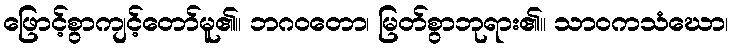
ဖြောင့်စွာကျင့်တော်မူ၏။ ဘဂဝတော၊ မြတ်စွာဘုရား၏။ သာဝကသံဃော၊